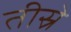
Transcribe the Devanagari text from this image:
तीस्रे